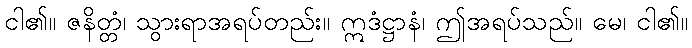
ငါ၏။ ဇနိတ္တံ၊ သွားရာအရပ်တည်း။ ဣဒံဋ္ဌာနံ၊ ဤအရပ်သည်။ မေ၊ ငါ၏။